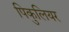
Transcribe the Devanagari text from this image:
पिकुलियर